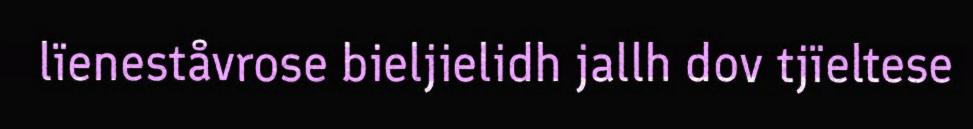
lïeneståvrose bieljielidh jallh dov tjïeltese